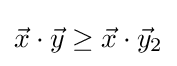
{\vec {x}}\cdot {\vec {y}}\geq {\vec {x}}\cdot {\vec {y}}_{2}